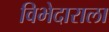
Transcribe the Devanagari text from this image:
विभेदाराला